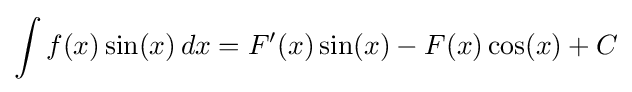
\int f(x)\sin(x)\,dx=F'(x)\sin(x)-F(x)\cos(x)+C